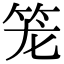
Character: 笼